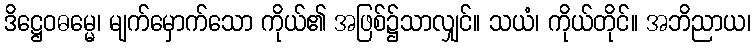
ဒိဋ္ဌေဝဓမ္မေ၊ မျက်မှောက်သော ကိုယ်၏ အဖြစ်၌သာလျှင်။ သယံ၊ ကိုယ်တိုင်။ အဘိညာယ၊